Lunatic asylums Punjab 1881-1894 - 1881-1894
Year: 1881
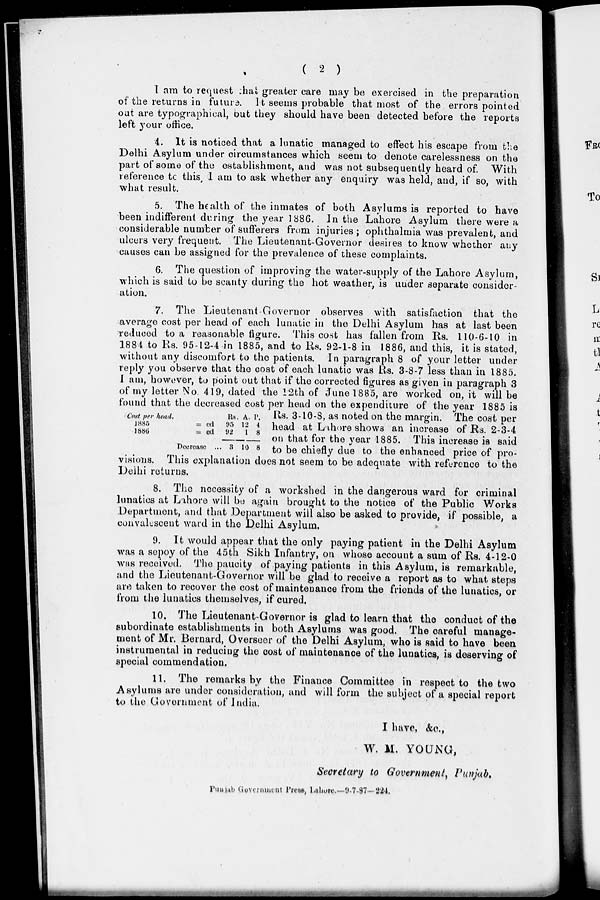
( 2 )
I am to request that, greater care may be exercised in the preparation
of the returns in future It seems probable that most of the errors pointed
out are typographical, but they should have been detected before the reports
left your office.
4. It is noticed that a lunatic managed to effect his escape from the
Delhi Asylum under circumstances which seem to denote carelessness on the
part of some of the establishment, and was not subsequently heard of. With
reference to this, I am to ask whether any enquiry was held, and, if so, with
what result.
5. The health of the inmates of both Asylums is reported to have
been indifferent during the year 1886. In the Lahore Asylum there were a
considerable number of sufferers from injuries; ophthalmia was prevalent, and
ulcers very frequent. The Lieutenant-Governor desires to know whether any
causes can be assigned for the prevalence of these complaints.
6. The question of improving the water-supply of the Lahore Asylum,
which is said to be scanty during the hot weather, is under separate consider-
ation.
Cost per head.
1885
= ed
1886
= ed
Decrease ...
Rs.
95
92
3
A.
12
1
10
P.
4
8
8
7. The Lieutenant Governor observes with satisfaction that the
average cost per head of each lunatic in the Delhi Asylum has at last been
reduced to a reasonable figure. This cost has fallen from Rs. 110-6-10 in
1884 to Rs. 95-12-4-in 1885, and to Rs. 92-1-8 in 1886, and this, it is stated,
without any discomfort to the patients. In paragraph 8 of your letter under
reply you observe that the cost of each lunatic was Rs. 3-8-7 less than in 1885.
I am, however, to point out that if the corrected figures as given in paragraph 3
of my letter No, 419, dated the 12th of June 1885, are worked on, it will be
found that the decreased cost per head on the expenditure of the year 1885 is
Rs. 3-10-8, as noted on the margin. The cost per
head at Lahore shows an increase of Rs. 2-3-4
on that for the year 1885. This increase is said
to be chiefly due to the enhanced price of pro-
visions. This explanation does not seem to be adequate with reference to the
Delhi returns.
8. The necessity of a workshed in the dangerous ward for criminal
lunatics at Lahore will be again brought to the notice of the Public Works
Department, and that Department will also be asked to provide, if possible, a
convalescent ward in the Delhi Asylum.
9. It would appear that the only paying patient in the Delhi Asylum
was a sepoy of the 45th Sikh Infantry, on whose account a sum of Rs. 4-12-0
was received. The paucity of paying patients in this Asylum, is remarkable,
and the Lieutenant-Governor will be glad to receive a report as to what steps
are taken to recover the cost of maintenance from the friends of the lunatics, or
from the lunatics themselves, if cured.
10. The Lieutenant-Governor is glad to learn that the conduct of the
subordinate establishments in both Asylums was good. The careful manage-
ment of Mr. Bernard, Overseer of the Delhi Asylum, who is said to have been
instrumental in reducing the cost of maintenance of the lunatics, is deserving of
special commendation.
11. The remarks by the Finance Committee in respect to the two
Asylums are under consideration, and will form the subject of a special report
to the Government of India.
I have, &c.,
W. M. YOUNG,
Secretary to Government, Punjab,
Punjab Government Press, Lahore.—9-7-87—224.